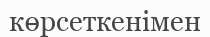
көрсеткенімен